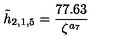
\tilde { h } _ { 2 , 1 , 5 } = \frac { 7 7 . 6 3 } { \zeta ^ { a _ { 7 } } }